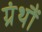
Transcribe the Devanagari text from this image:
ग्रंथौं